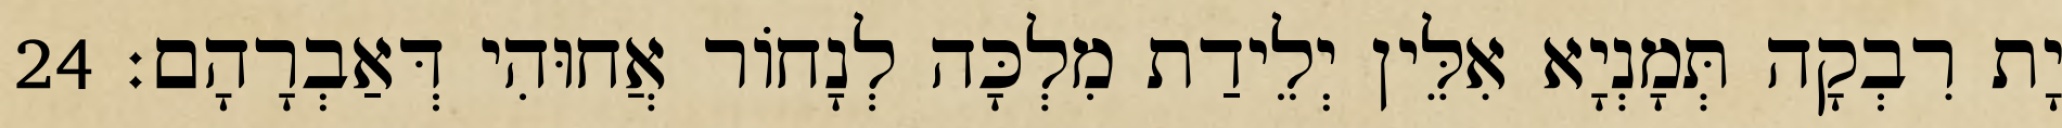
יָת רִבְקָה תְּמָנְיָא אִלֵּין יְלֵידַת מִלְכָּה לְנָחוֹר אֲחוּהִי דְּאַבְרָהָם׃ 24